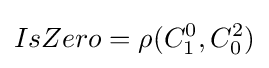
IsZero=\rho (C_{1}^{0},C_{0}^{2})